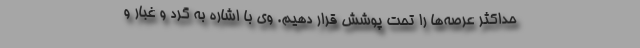
حداکثر عرصه‌ها را تحت پوشش قرار دهیم. وی با اشاره به گرد و غبار و